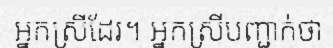
អ្នកស្រីដែរ។ អ្នកស្រីបញ្ជាក់ថា